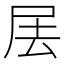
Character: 𡱅